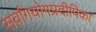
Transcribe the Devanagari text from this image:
सर्वांगयोगप्रदीपिका